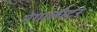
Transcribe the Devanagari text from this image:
मेगालीटर